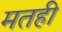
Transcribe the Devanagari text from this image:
मतही